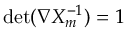
\mathrm { d e t } ( \nabla X _ { m } ^ { - 1 } ) = 1